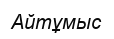
Айтұмыс